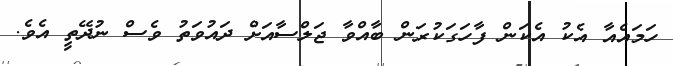
ހަމައެއާ އެކު އެކަން ފާހަގަކުރަން ބާއްވާ ޖަލްސާއަށް ދައުވަތު ވެސް ނުދޭތީ އެވެ.